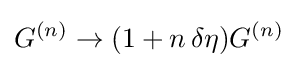
G^{(n)}\to (1+n\,\delta \eta )G^{(n)}